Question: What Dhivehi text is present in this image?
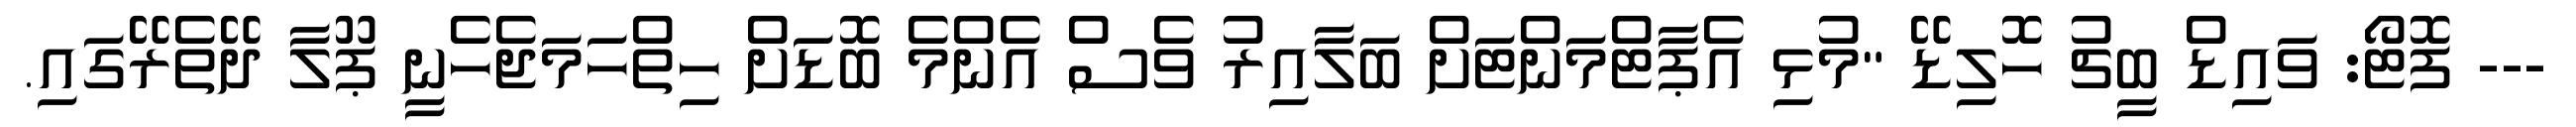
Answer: --- ފޮޓޯ: ވައިޑް ބީޗު ހޮލިޑޭ "މުޅި އެޕާޓްމަންޓަށް ބަލާއިރު ވެސް އެންމެ ބޮޑަށް ހިތްހަމަޖެހެނީ ޕޫލާ ދޭތެރޭގައި.